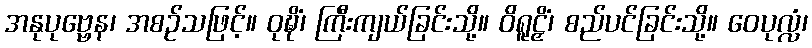
အနုပုဗ္ဗေန၊ အစဉ်သဖြင့်။ ဝုဍ္ဎိံ၊ ကြီးကျယ်ခြင်းသို့။ ဝိရူဠှိံ၊ စည်ပင်ခြင်းသို့။ ဝေပုလ္လံ၊